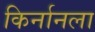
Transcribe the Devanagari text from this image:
किर्नानला